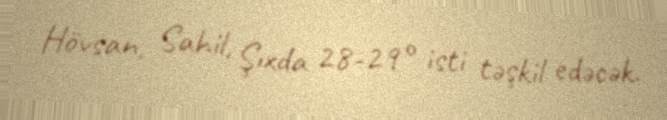
Hövsan, Sahil, Şıxda 28-29° isti təşkil edəcək.